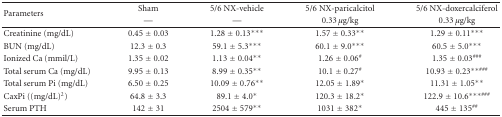
| <ROWSPAN=2> Parameters | Sham | 5/6 NX-vehicle | 5/6 NX-paricalcitol | 5/6 NX-doxercalciferol |
 | — | — | 0.33 μg/kg | 0.33 μg/kg |
 | --- | --- | --- | --- | --- |
 | Creatinine (mg/dL) | 0.45 ± 0.03 | 1.28 ± 0.13*** | 1.57 ± 0.33** | 1.29 ± 0.11*** |
 | BUN (mg/dL) | 12.3 ± 0.3 | 59.1 ± 5.3*** | 60.1 ± 9.0*** | 60.5 ± 5.0*** |
 | Ionized Ca (mmil/L) | 1.35 ± 0.02 | 1.13 ± 0.04** | 1.26 ± 0.06# | 1.35 ± 0.03### |
 | Total serum Ca (mg/dL) | 9.95 ± 0.13 | 8.99 ± 0.35** | 10.1 ± 0.27# | 10.93 ± 0.23∗∗### |
 | Total serum Pi (mg/dL) | 6.50 ± 0.25 | 10.09 ± 0.76** | 12.05 ± 1.89* | 11.31 ± 1.05** |
 | CaxPi ((mg/dL)2) | 64.8 ± 3.3 | 89.1 ± 4.0* | 120.3 ± 18.2* | 122.9 ± 10.6∗∗∗### |
 | Serum PTH | 142 ± 31 | 2504 ± 579** | 1031 ± 382* | 445 ± 135## |